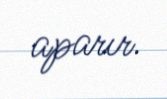
aparır.